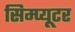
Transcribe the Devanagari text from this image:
सिम्प्यूटर